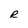
Character: R